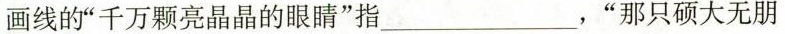
画线的“千万颗亮晶晶的眼睛”指___，“那只硕大无朋